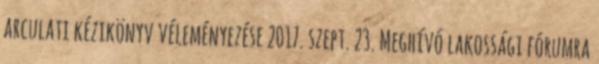
arculati kézikönyv véleményezése 2017. szept. 23. Meghívó lakossági fórumra